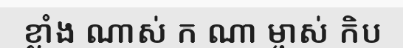
ខ្លាំង ណាស់ ក ណា ម្ចាស់ កិប